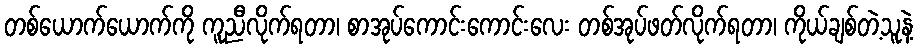
တစ်ယောက်ယောက်ကို ကူညီလိုက်ရတာ၊ စာအုပ်ကောင်းကောင်းလေး တစ်အုပ်ဖတ်လိုက်ရတာ၊ ကိုယ်ချစ်တဲ့သူနဲ့